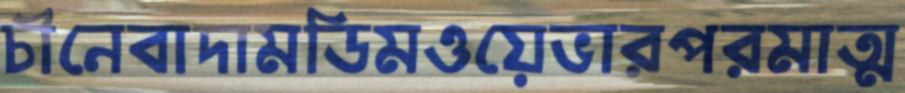
চীনেবাদামডিমওয়েভারপরমাত্ম